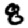
Digit: 8